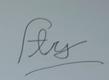
Signature authenticity: forged